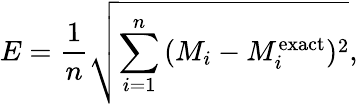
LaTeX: E=\frac{1}{n}\sqrt{\sum_{i=1}^{n}{(M_{i}-M_{i}^{\mathrm{exact}})^{2}}},